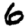
Digit: 6